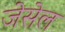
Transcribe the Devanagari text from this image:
जेसेल